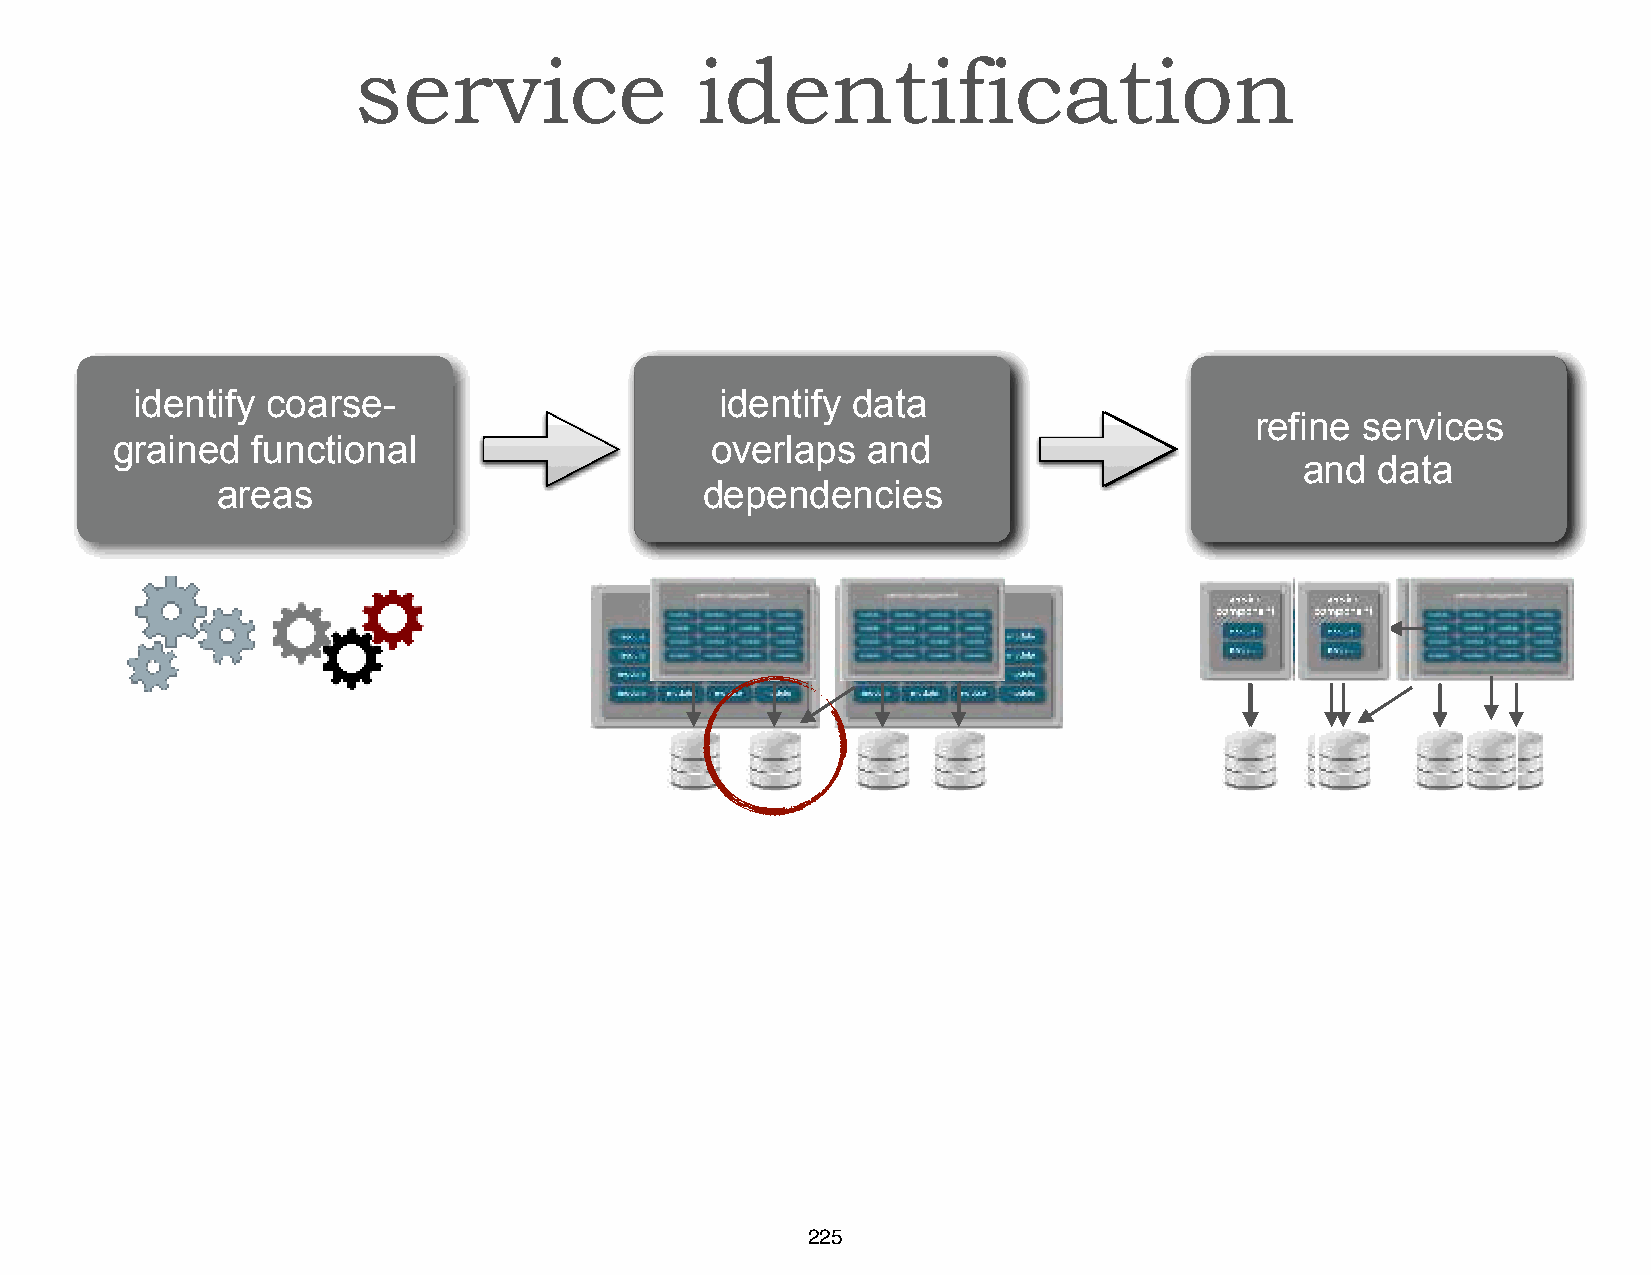
service                identification
 identify coarse-                     crideeanteti fcyo daarstae -
 mreafpin ese srevricveicse tso
 grained   functional                    ovegrrlaaipnse da nd
 daantad tdaabtlaes
 areas                           mdeicpreonsdeervniccieess
 225